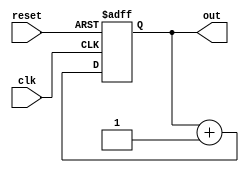
`timescale 1ns/1ps
module counter(out, clk, reset);

  parameter WIDTH = 8;

  output [WIDTH-1: 0] out;
  input 	       clk, reset;

  reg [WIDTH-1: 0]   out;
  wire 	       clk, reset;

  always @(posedge clk or posedge reset)
    if (reset)
      out <= 0;
    else
      out <= out + 1;

endmodule // counter